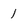
Character: 1